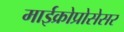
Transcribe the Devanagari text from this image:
माईक्रोप्रोसेसर